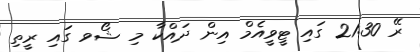
ރޭ 21:30 ގައި ޓީވީއެމް އިން ދައްކާ މި ޝޯވ ގައި ރީތި